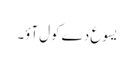
یسوع دے کول آؤ۔